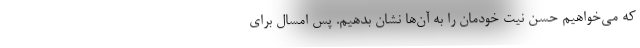
که می‌خواهیم حسن نیت خودمان را به آن‌ها نشان بدهیم. پس امسال برای